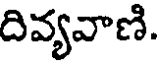
దివ్యవాణి.